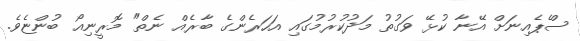
ސްެޕެއިނަށް އޭނާ ކުޅޭ ވަގުތު މަދުކުރުމުގައި އަހަރެންގެ ބާރެއް ނެތް" މޮރީނިއޯ ބުންޏެވެ.